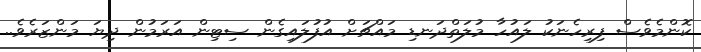
ކޮންމެވެސް ފިރިހެނަކު ލައުހާ މުލަތްދަނޑި މައްޗަށް އުފުލައިގެން ސިޓިން އަރަމުން ދިޔަ މަންޒަރެވެ..